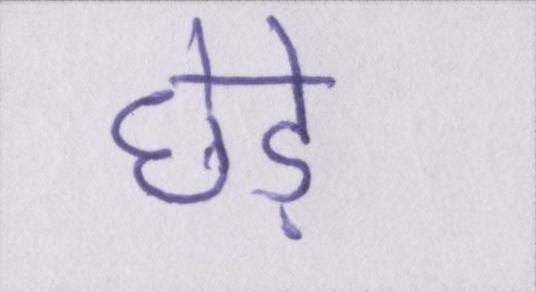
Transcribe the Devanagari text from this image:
छेड़े